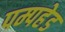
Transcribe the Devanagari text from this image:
पम्पहेड